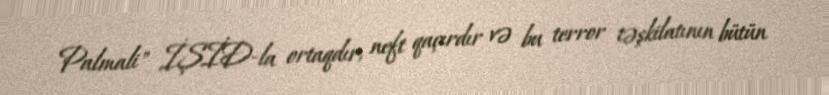
Palmali" İŞİD-la ortaqdır, neft qaçırdır və bu terror təşkilatının bütün